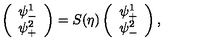
\left( \begin{array} { l } { \psi _ { - } ^ { 1 } } \\ { \psi _ { + } ^ { 2 } } \\ \end{array} \right) = S ( \eta ) \left( \begin{array} { l } { \psi _ { + } ^ { 1 } } \\ { \psi _ { - } ^ { 2 } } \\ \end{array} \right) ,